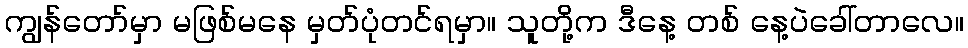
ကျွန်တော်မှာ မဖြစ်မနေ မှတ်ပုံတင်ရမှာ။ သူတို့က ဒီနေ့ တစ် နေ့ပဲခေါ်တာလေ။